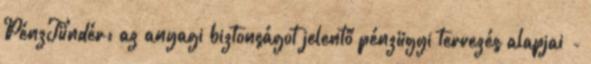
PénzTündér: az anyagi biztonságot jelentő pénzügyi tervezés alapjai -